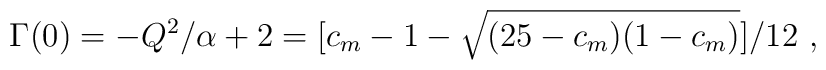
\Gamma (0) = -Q^2/\alpha + 2 = [c_m-1 -\sqrt {(25-c_m)(1-c_m)}]/12 \ ,